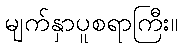
မျက်နှာပူစရာကြီး။